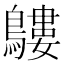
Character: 𪅛